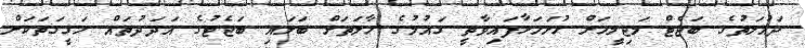
ދައުލަތުގެ ބަޖެޓް މަޖިލީހަށް ހުށަހަޅާފައިވާތީ ގައުމުގެ ހާލަތަށް ބަލައި ބަޖެޓުގެ އަދަދުތައް ހަގީގަތަކަށް